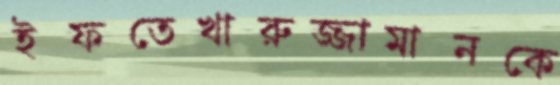
ইফতেখারুজ্জামানকে